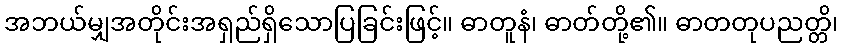
အဘယ်မျှအတိုင်းအရှည်ရှိသောပြခြင်းဖြင့်။ ဓာတူနံ၊ ဓာတ်တို့၏။ ဓာတတုပညတ္တိ၊